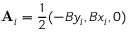
\mathbf { A } _ { i } = \frac { 1 } { 2 } ( - B y _ { i } , B x _ { i } , 0 )